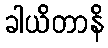
ခါယိတာနိ